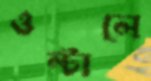
ওল্টালে